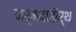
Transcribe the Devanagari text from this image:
नर्मदातीर्थ